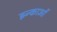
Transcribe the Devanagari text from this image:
इन्काओं